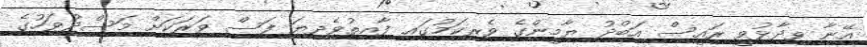
އޭނާ ވިދާޅުވީ ރައީސް އަބްދު ޔާމީންގެ ވެރިކަމުގައި ފާއިތުވެދިޔަ ފަސް ވަރަކަށް މަސްދުވަހުގެ